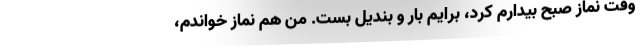
وقت نماز صبح بیدارم کرد، برایم بار و بندیل بست. من هم نماز خواندم،